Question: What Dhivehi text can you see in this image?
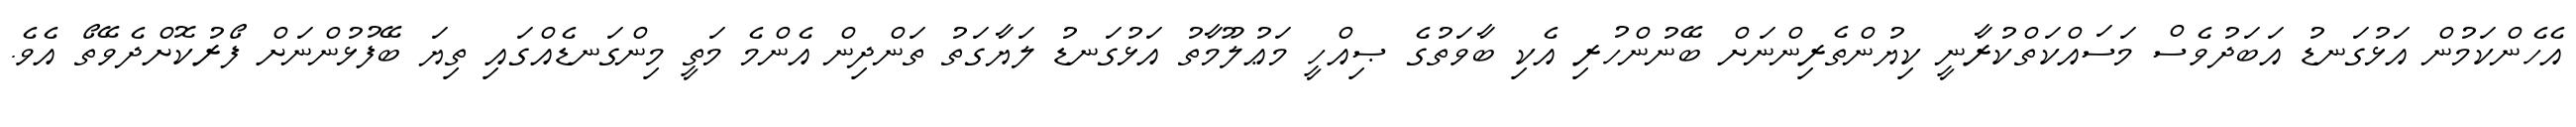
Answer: އެހެންކަމުން އަޅުގަނޑު އަބަދުވެސް މަސައްކަތްކުރާނީ ކިޔުންތެރިންނަށް ބޭނުންހުރި އެކި ބާވަތުގެ ޞިއްހީ މަޢުލޫމާތު އަޅުގަނޑު ލަޔާގަތު ތަންދިން އެންމެ މަތީ މިންގަނޑެއްގައި ތިޔަ ބޭފުޅުންނަށް ފޯރުކޮށްދެވޭތޯ އެވެ.